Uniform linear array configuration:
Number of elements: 48
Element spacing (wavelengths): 0.75
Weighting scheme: binomial
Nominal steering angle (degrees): -45
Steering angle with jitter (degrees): -44.677
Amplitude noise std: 0.05
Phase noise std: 0.05

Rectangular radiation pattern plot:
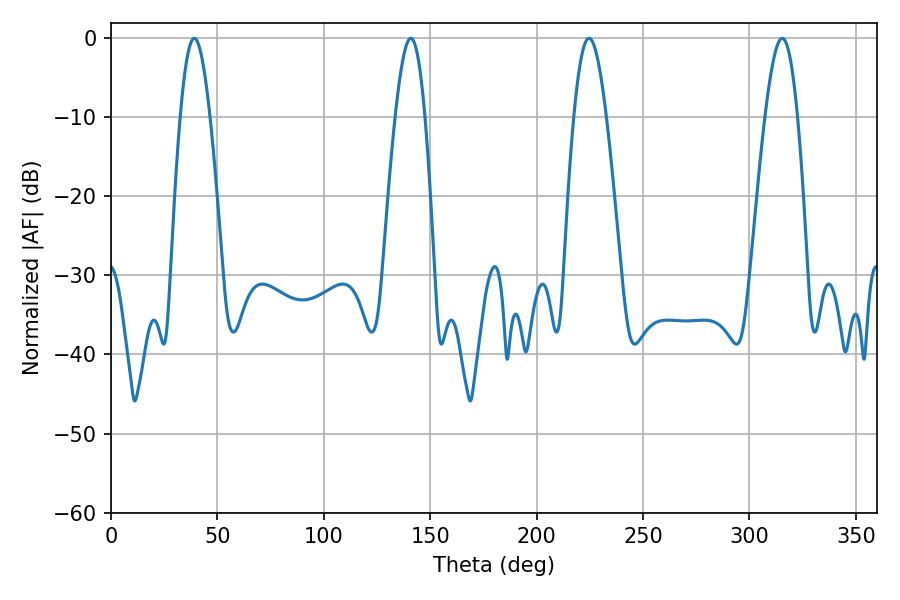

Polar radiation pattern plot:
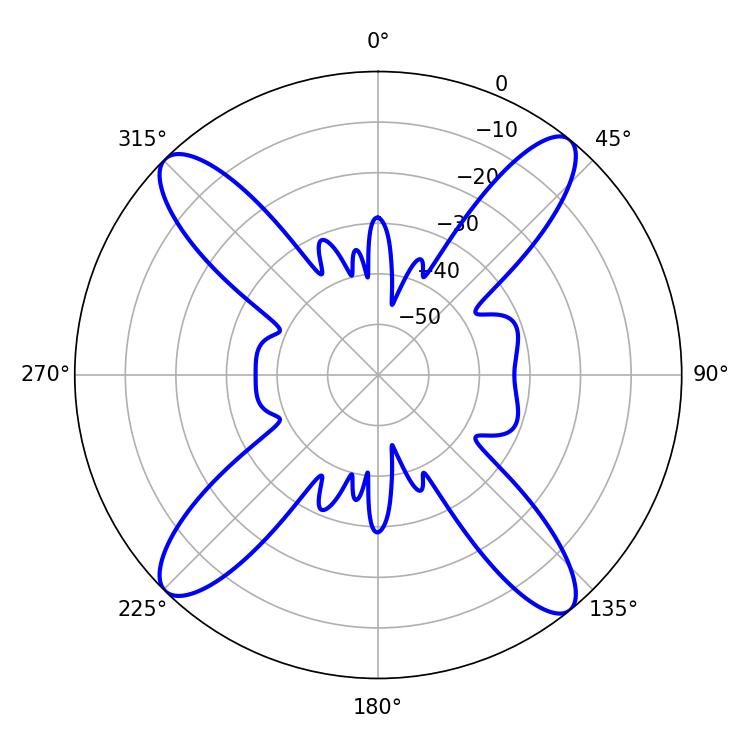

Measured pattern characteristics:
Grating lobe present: TRUE
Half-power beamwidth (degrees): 8.1
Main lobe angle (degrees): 224.64